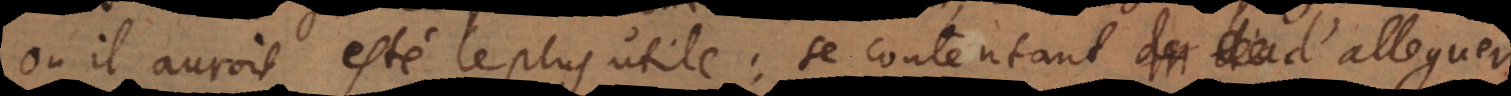
où il auroit esté le plus utile: se contentant d’alleguer